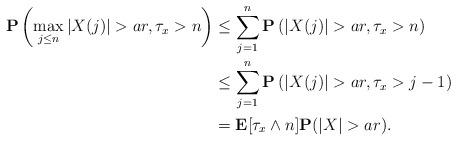
LaTeX: \begin{align*}\mathbf{P}\left(\max_{j\le n}|X(j)|>ar,\tau_x>n\right)&\le\sum_{j=1}^n\mathbf{P}\left(|X(j)|>ar,\tau_x>n\right)\\&\le\sum_{j=1}^n\mathbf{P}\left(|X(j)|>ar,\tau_x>j-1\right)\\&=\mathbf{E}[\tau_x\wedge n]\mathbf{P}(|X|>ar).\end{align*}